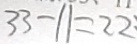
3 3 - 1 1 = 2 2